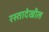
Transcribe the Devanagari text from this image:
रस्तादेखील